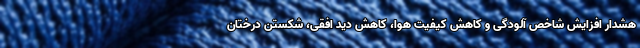
هشدار افزایش شاخص آلودگی و کاهش کیفیت هوا، کاهش دید افقی، شکستن درختان